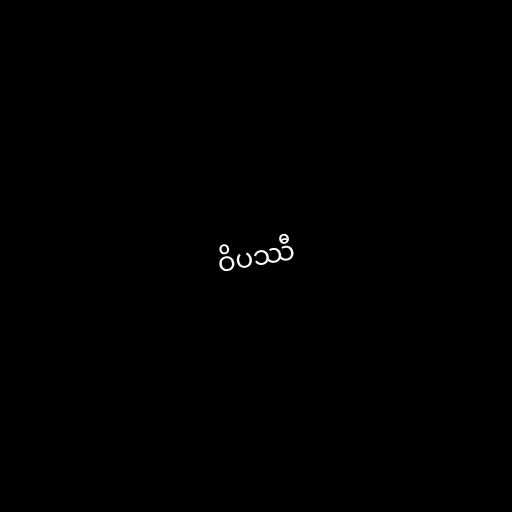
ဝိပဿီ